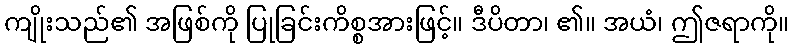
ကျိုးသည်၏ အဖြစ်ကို ပြုခြင်းကိစ္စအားဖြင့်။ ဒီပိတာ၊ ၏။ အယံ၊ ဤဇရာကို။